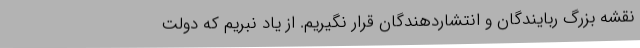
نقشه بزرگ ربایندگان و انتشاردهندگان قرار نگیریم. از یاد نبریم که دولت